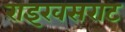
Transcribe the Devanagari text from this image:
राइखसराट